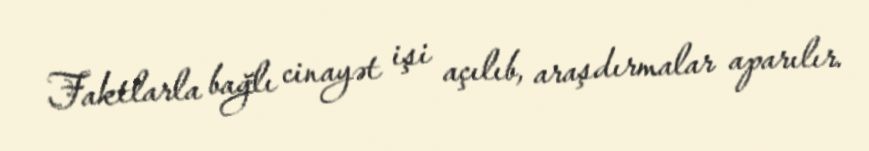
Faktlarla bağlı cinayət işi açılıb, araşdırmalar aparılır.